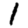
Digit: 1